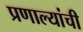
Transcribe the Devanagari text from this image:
प्रणाल्यांची